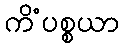
ကိံပစ္စယာ